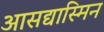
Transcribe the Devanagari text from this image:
आसद्यास्मिन